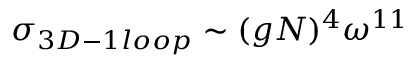
\sigma _ { 3 D - 1 l o o p } \sim ( g N ) ^ { 4 } \omega ^ { 1 1 }